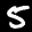
Label: 5